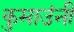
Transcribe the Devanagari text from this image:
कुमाउंनी